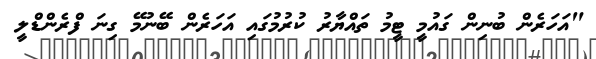
"އަހަރެން ބުނިން ގައުމީ ޓީމު ތައްޔާރު ކުރުމުގައި އަހަރެން ބޭނުމޭ ގިނަ ފްރެންޑްލީ